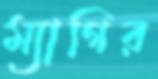
ম্যাগির